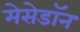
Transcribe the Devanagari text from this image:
मेसेडॉन